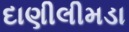
દાણીલીમડા